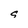
Character: g